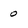
Character: 0